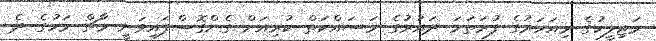
މަޖިލީހުގެ މިއަހަރުގެ ފުރަތަމަ ދައުރުގެ މަސައްކަތް ކުރިއަށް ގެންގޮސްފައިވަނީ މާޗް މަހުގެ ދެ